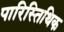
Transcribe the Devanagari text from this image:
पारिस्तिथिक